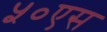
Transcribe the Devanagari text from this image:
५०एस